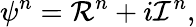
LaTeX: \psi^{n}={\cal R}^{n}+i{\cal I}^{n},